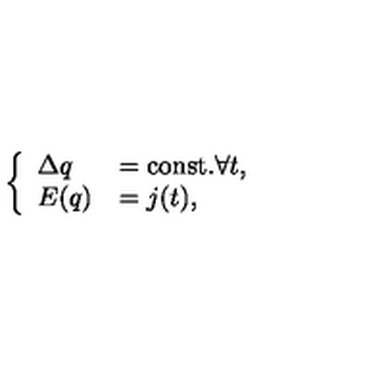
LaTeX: \left\{ \begin{array} { l l } { \Delta q } & { = \mathrm { c o n s t . } \forall t , } \\ { E ( q ) } & { = j ( t ) , } \\ \end{array} \right.